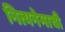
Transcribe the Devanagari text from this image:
नित्यनेमाची